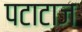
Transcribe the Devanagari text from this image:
पटाटाज